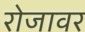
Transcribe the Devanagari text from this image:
रोजावर